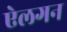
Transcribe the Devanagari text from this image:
ऐलगन